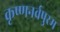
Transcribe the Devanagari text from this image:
कृष्णनर्वपुरम